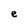
Character: e